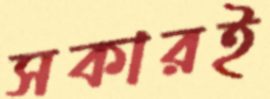
সকারই